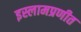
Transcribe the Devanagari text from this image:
इस्लामप्रणीत